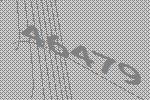
46479